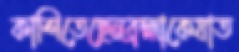
কাশিতেছেনব্রহ্মাকেযাত